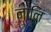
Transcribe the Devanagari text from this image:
नानि